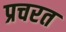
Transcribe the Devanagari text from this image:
प्रचरत